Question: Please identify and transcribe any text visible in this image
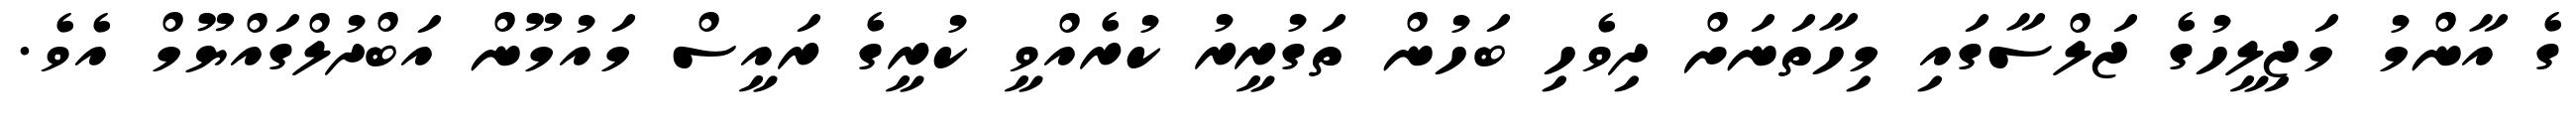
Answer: ގެ އާންމު މަޖިލީހުގެ ޖަލްސާގައި މިހާތަނަށް ދިވެހި ބަހުން ތަގުރީރު ކުރެއްވީ ކުރީގެ ރައީސް މައުމޫން އަބްދުލްގައްޔޫމް އެވެ.